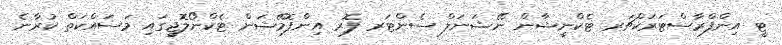
ޓީ އިންފްރާސްޓަރަކްޗަރ ޓެކްނީޝާން ނޭޝަނަލް ސެންޓަރ ފޮރ އިންފޮމޭޝަން ޓެކްނޯލޮޖީގައި މަސައްކަތް ކުރާނެ